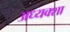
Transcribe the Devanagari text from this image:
अध्यक्शा